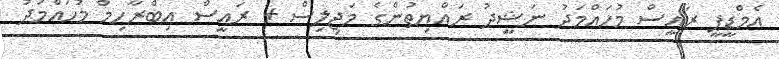
އެމްޑީޕީ ރައީސް މުހައްމަދު ނަޝީދު ރައްޔިތުންގެ މަޖިލިސް + ރައީސް އިބްރާހިމް މުހައްމަދު